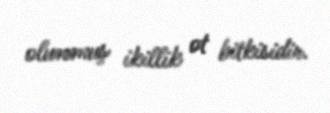
olunmuş ikillik ot bitkisidir.